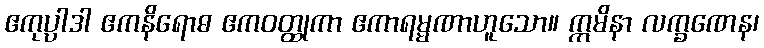
ဧကုပ္ပာဒါ ဧကနိရောဓ ဧကဝတ္ထုကာ ဧကာရမ္မဏာဟူသော။ ဣမိနာ လက္ခဏေန၊